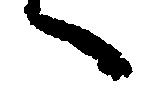
言